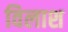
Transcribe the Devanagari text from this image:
विलाश